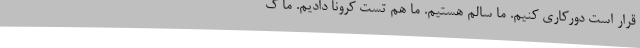
قرار است دورکاری کنیم. ما سالم هستیم. ما هم تست کرونا دادیم. ما ک